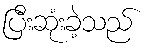
ပြီးဆုံးခဲ့သည်